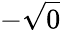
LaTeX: -\sqrt{0}